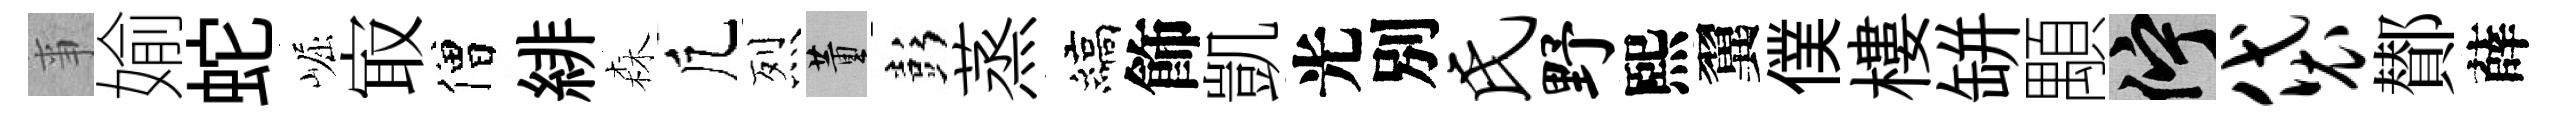
亊媮蛇崛㝡僧緋森凢烈董彭蒸縞飾凱光別氏野熙翼僕樓缾顒伫袋鄼薛